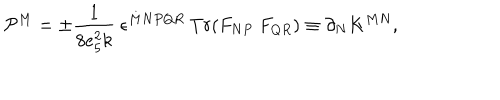
LaTeX: { \cal P } ^ { M } = \pm \frac { 1 } { 8 e _ { 5 } ^ { 2 } k } \ \epsilon ^ { M N P Q R } \ T r ( F _ { N P } \ F _ { Q R } ) \equiv \partial _ { N } K ^ { M N } ,